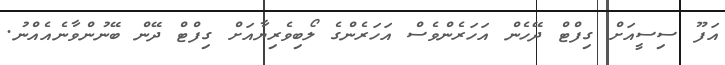
އަފޫ ސިސީއަށް ގިފްޓް ދޭހެން އަހަރެންވެސް އަހަރެންގެ ލޯބިވެރިޔާއަށް ގިފްޓް ދޭން ބޭނުންވާނެއެއްނު.